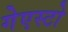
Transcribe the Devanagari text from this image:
गेएस्टो